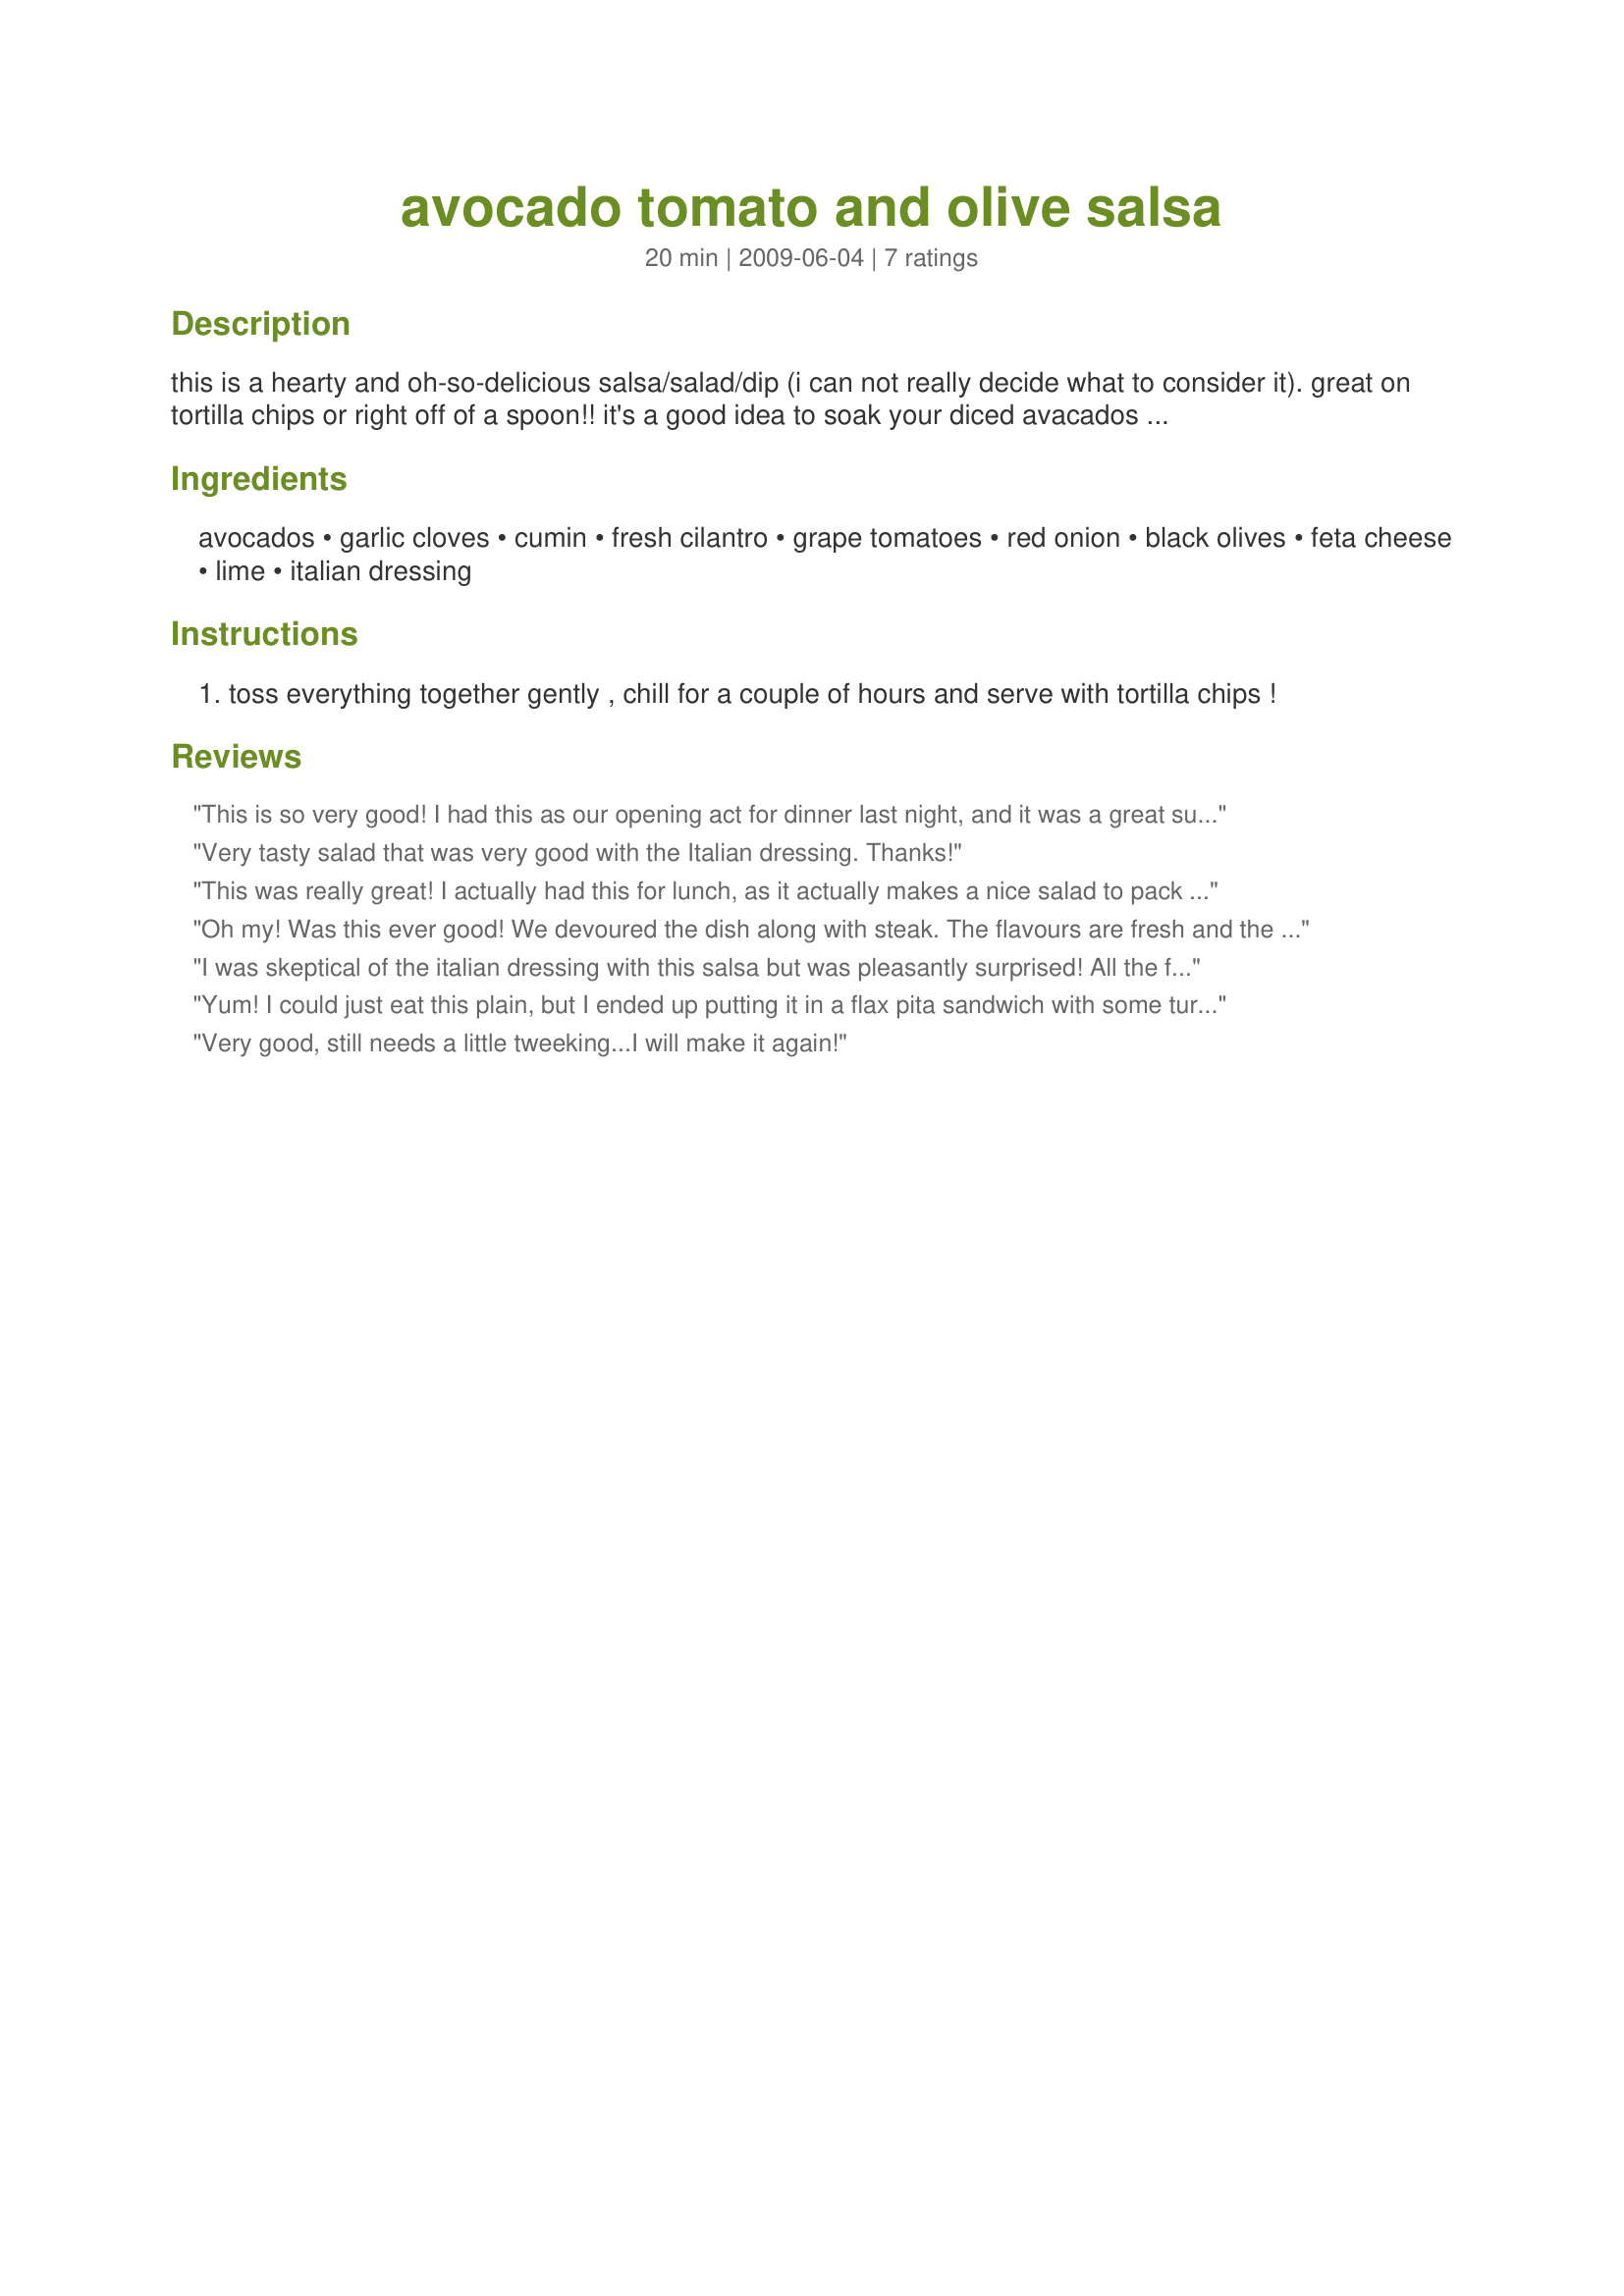
avocado tomato and olive salsa
Preparation time: 20 minutes

this is a hearty and oh-so-delicious salsa/salad/dip (i can not really decide what to consider it). great on tortilla chips or right off of a spoon!! it's a good idea to soak your diced avacados briefly in a little lemon juice right after prepping to help retain the nice color...

Ingredients:
avocados, garlic cloves, cumin, fresh cilantro, grape tomatoes, red onion, black olives, feta cheese, lime, italian dressing

Steps:
toss everything together gently , chill for a couple of hours and serve with tortilla chips !

Reviews:
This is so very good! I had this as our opening act for dinner last night, and it was a great success. I put everything together the morning of except the avocado, cilantro, and feta. Added those about an hour before serving. I wish I could take good food photos, because this makes a very pretty presentation. Had just a small amount left, and had it on bread as a sandwich for my lunch. Really, really good. Thanks FolkDiva.
Very tasty salad that was very good with the Italian dressing. Thanks!
This was really great! I actually had this for lunch, as it actually makes a nice salad to pack and is very portable. I am not a fan of feta cheese, so I had to pick mine out, but the feta cheese lovers who ate it thought it was fantastic as well! I will be making this again. Thanks for posting this, FolkDiva! Made for Newest Zaar Tag Game.
Oh my! Was this ever good! We devoured the dish along with steak. The flavours are fresh and the colours beautiful together. I squeezed some lemon over the avocados after dicing and it seemed to do the trick. They were still green after 3 hours in the fridge. I only omitted the olives (we are not olive fans). We will definitely make this again. Made for 1-2-3 hits
I was skeptical of the italian dressing with this salsa but was pleasantly surprised! All the flavors worked together very well. I served this as an appetizer for a dinner party...everyone scooped this up and asked for the recipe.
Yum! I could just eat this plain, but I ended up putting it in a flax pita sandwich with some turkey for some extra protein. I also added corn. This is going in my favorites folder :)
Very good, still needs a little tweeking...I will make it again!
